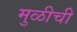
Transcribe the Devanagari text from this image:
मुळीची